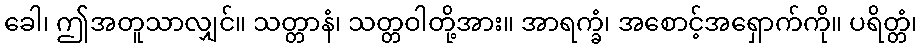
ခေါ၊ ဤအတူသာလျှင်။ သတ္တာနံ၊ သတ္တဝါတို့အား။ အာရက္ခံ၊ အစောင့်အရှောက်ကို။ ပရိတ္တံ၊